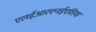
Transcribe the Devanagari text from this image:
एलईआरएनईएशिया